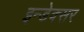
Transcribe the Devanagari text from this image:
इन्डेक्सर